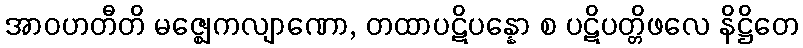
အာဝဟတီတိ မဇ္ဈေကလျာဏော, တထာပဋိပန္နော စ ပဋိပတ္တိဖလေ နိဋ္ဌိတေ